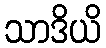
သာဒိယိ